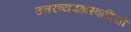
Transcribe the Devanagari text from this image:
उत्तरव्यवहारवादियों